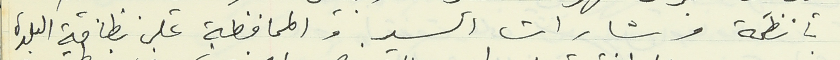
بأنظمة وشارات السير والمحافظة على نظافة البلدة